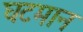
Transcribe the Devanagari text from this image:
घटमान